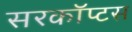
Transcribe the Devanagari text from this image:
सरकॉप्टस